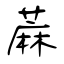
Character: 蔴